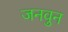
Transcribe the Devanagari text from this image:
जनवुन